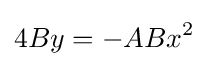
4By=-ABx^{2}